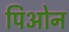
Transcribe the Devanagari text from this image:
पिओन